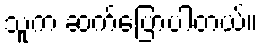
သူက ဆက်ပြောပါတယ်။